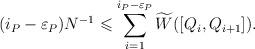
LaTeX: \begin{align*} (i_P-\varepsilon_P)N^{-1}\leqslant \sum\limits_{i=1}^{i_P-\varepsilon_P} \widetilde W([Q_i,Q_{i+1}]).\end{align*}